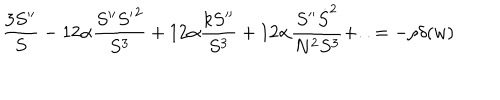
\frac { 3 S ^ { \prime \prime } } { S } - 1 2 \alpha \frac { S ^ { \prime \prime } { S ^ { \prime } } ^ { 2 } } { S ^ { 3 } } + 1 2 \alpha \frac { k S ^ { \prime \prime } } { S ^ { 3 } } + 1 2 \alpha \frac { S ^ { \prime \prime } \dot { S } ^ { 2 } } { N ^ { 2 } S ^ { 3 } } + . . = - \rho \delta ( w )